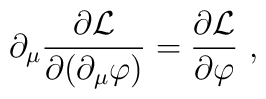
\partial_{\mu}\frac{\partial{\mathcal{L}}}{\partial(\partial_{\mu}\varphi)}         =\frac{\partial{\mathcal{L}}}{\partial\varphi}\ ,